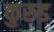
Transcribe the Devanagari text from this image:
कुरुड